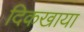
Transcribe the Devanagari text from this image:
दिकखाया